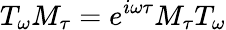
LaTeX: T_{\omega}M_{\tau}=e^{i\omega\tau}M_{\tau}T_{\omega}